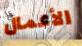
الأعمال